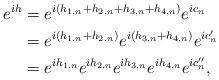
LaTeX: \begin{align*}e^{ih} &=e^{i(h_{1,n}+h_{2,n}+h_{3,n}+h_{4,n})}e^{ic_n}\\&=e^{i(h_{1,n}+h_{2,n})}e^{ i(h_{3,n}+h_{4,n})}e^{ic_n'}\\&= e^{ih_{1,n}} e^{i h_{2,n}} e^{ih_{3,n}}e^{i h_{4,n}}e^{ic_n''},\end{align*}